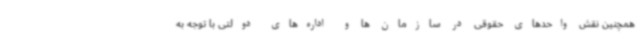
همچنین نقش واحدهای حقوقی در سازمان ها و اداره‌های دولتی با توجه به